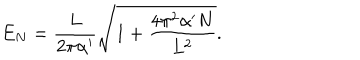
LaTeX: E _ { N } = \frac { L } { 2 \pi \alpha ^ { \prime } } \sqrt { 1 + \frac { 4 \pi ^ { 2 } \alpha ^ { \prime } N } { L ^ { 2 } } } .